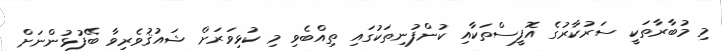
މި މުބާރާތަކީ ސަރުކާރުގެ އޮފީސްތަކާއި ކުންފުނިތަކުގައި ތިއްބެވި މި ކުޅިވަރަށް ޝައުޤުވެރިވާ ބޭފުޅުންނަށް